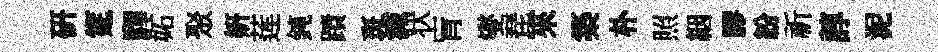
研筵驆妬聚妍莲鈍蹟斑減状肓燮琵來築朴照絪膠紛祈諄泥